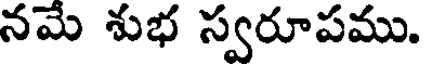
నమే శుభ స్వరూపము.